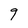
Character: g